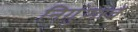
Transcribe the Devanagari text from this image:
निर्गुणाचे